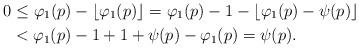
LaTeX: \begin{align*}0 & \leq \varphi_1(p) - \lfloor \varphi_1(p) \rfloor= \varphi_1(p) -1 - \lfloor \varphi_1(p) - \psi(p) \rfloor \\& < \varphi_1(p) - 1 + 1 + \psi(p) - \varphi_1(p) = \psi(p).\end{align*}